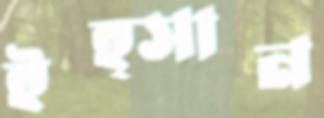
ইহ্সান